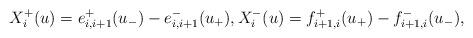
LaTeX: \begin{align*}X_{i}^{+}(u)=e_{i,i+1}^{+}(u_{-})-e_{i,i+1}^{-}(u_{+}),X_{i}^{-}(u)=f_{i+1,i}^{+}(u_{+})-f_{i+1,i}^{-}(u_{-}),\end{align*}